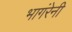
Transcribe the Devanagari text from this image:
भागंरेनी